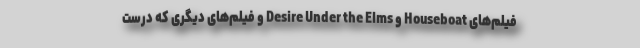
فیلم‌های Houseboat و Desire Under the Elms و فیلم‌های دیگری که درست